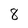
Character: 8